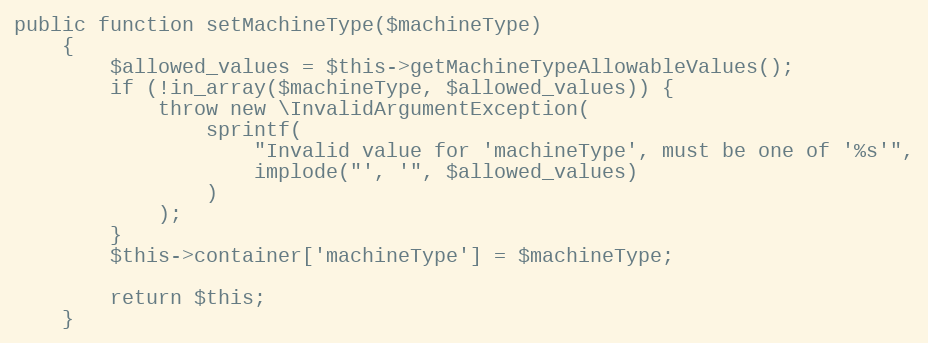
Language: PHP
public function setMachineType($machineType)
    {
        $allowed_values = $this->getMachineTypeAllowableValues();
        if (!in_array($machineType, $allowed_values)) {
            throw new \InvalidArgumentException(
                sprintf(
                    "Invalid value for 'machineType', must be one of '%s'",
                    implode("', '", $allowed_values)
                )
            );
        }
        $this->container['machineType'] = $machineType;

        return $this;
    }